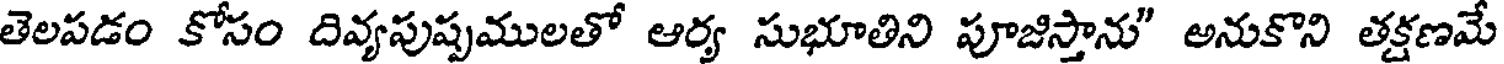
తెలపడం కోసం దివ్యపుష్పములతో ఆర్య సుభూతిని పూజిస్తాను" అనుకొని తక్షణమే